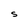
Character: S